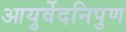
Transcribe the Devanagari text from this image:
आयुर्वेदनिपुण